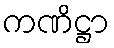
ကဏိဋ္ဌာ